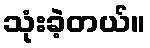
သုံးခဲ့တယ်။